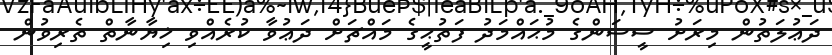
ދަޢުލަތުން މިރަށު ސީސަންގެ މުޙައްމަދު ފަތުޙީގެ މައްޗަށް ދަޢުވާ ކުރެއްވި ޚިޔާނާތް ތެރިވުން